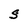
Character: s